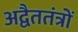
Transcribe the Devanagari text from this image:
अद्वैततंत्रों